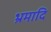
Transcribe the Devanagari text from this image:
भ्रमादि